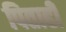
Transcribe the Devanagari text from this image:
पिताही